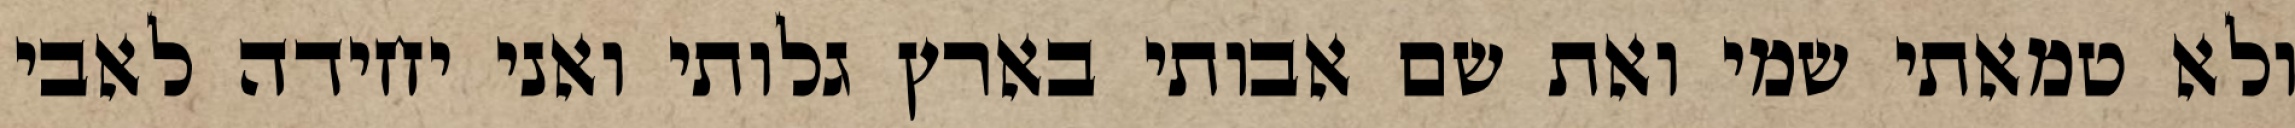
ולא טמאתי שמי ואת שם אבותי בארץ גלותי ואני יחידה לאבי